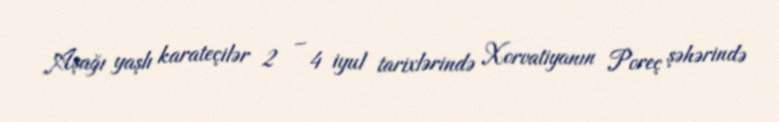
Aşağı yaşlı karateçilər 2 – 4 iyul tarixlərində Xorvatiyanın Poreç şəhərində